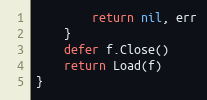
Language: Go
		return nil, err
	}
	defer f.Close()
	return Load(f)
}